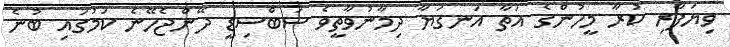
ވިޔަފާރި ކުރާ މީހުންގެ އަތާ އަނގަޔާ ދިމާނުވާތީވެ ސަބްސިޑީ ދޭންޖެހޭނެ ކަމުގައި ބުނެ